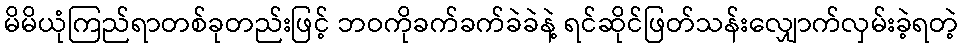
မိမိယုံကြည်ရာတစ်ခုတည်းဖြင့် ဘဝကိုခက်ခက်ခဲခဲနဲ့ ရင်ဆိုင်ဖြတ်သန်းလျှောက်လှမ်းခဲ့ရတဲ့